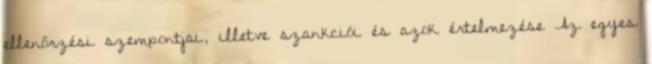
ellenőrzési szempontjai, illetve szankciói és azok értelmezése Az egyes